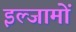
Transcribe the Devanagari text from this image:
इल्जामों